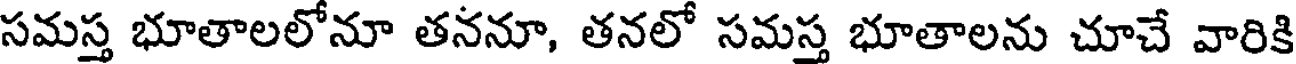
సమస్త భూతాలలోనూ తననూ, తనలో సమస్త భూతాలను చూచే వారికి